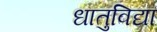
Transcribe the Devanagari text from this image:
धातुविद्या